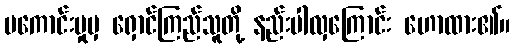
မကောင်းမှုမှ ရှောင်ကြည်သူတို့ နည်းပါလှကြောင်း ဟောထား၏။